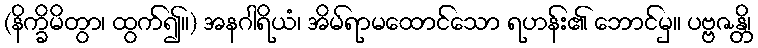
(နိက္ခိမိတွာ၊ ထွက်၍။) အနဂါရိယံ၊ အိမ်ရာမထောင်သော ရဟန်း၏ ဘောင်မှ။ ပဗ္ဗဇန္တိ၊